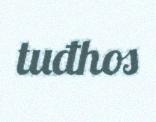
tuđhos